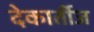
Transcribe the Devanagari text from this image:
देकार्तीज